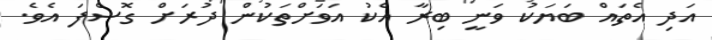
އަދި އެތައް ބަޔަކު ވަނީ ބިރާ އެކު އަވަށްތަކުން ދުރަށް ގޮސްފަ އެވެ.